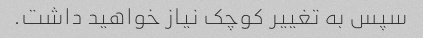
سپس به تغییر کوچک نیاز خواهید داشت.